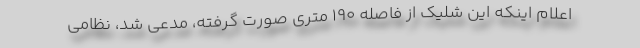
اعلام اینکه این شلیک از فاصله ۱۹۰ متری صورت گرفته، مدعی شد، نظامی